Report on vaccination in Madras 1922-1929 - 1922-1929
Year: 1922
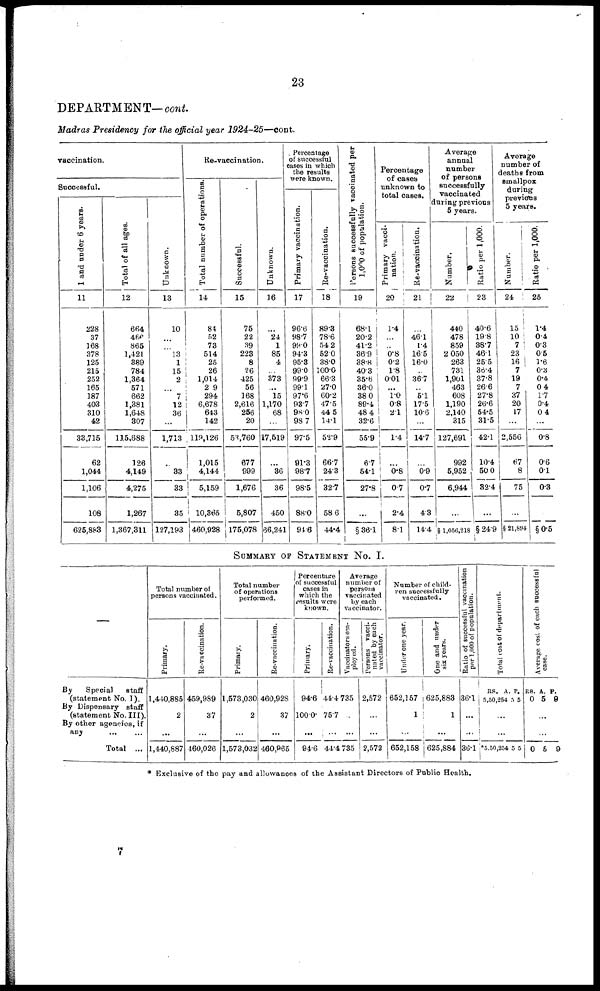
23
DEPARTMENT— cont.
Madras Presidency for the official year 1924-25—cont.
vaccination.
Successful.
1 and under 6 years.
11
228
37
168
378
125
215
252
165
187
403
310
42
33,715
62
1,044
1,106
108
625,883
Total of all ages.
12
664
466
865
1,421
389
784
1,364
571
662
1,381
1,648
307
115,688
126
4,149
4,275
1,267
1,367,311
Unknown.
13
10
...
...
13
1
15
2
...
7
12
36
...
1,713
...
33
33
35
127,193
Re-vaccination.
Total number of operations.
14
84
52
73
514
25
26
1,014
2 9
294
6,678
643
142
119,126
1,015
4,144
5,159
10,365
460,928
Successful.
15
75
22
39
223
8
26
425
56
168
2,616
256
20
53,760
677
999
1,676
5,807
175,078
Unknown.
16
...
24
1
85
4
...
373
... 15
1,170
68
...
17,519
...
36
36
450
66,241
Percentage
of successful
cases in which
the results
were known.
Primary vaccination.
17
96.6
98.7
99.0
94.3
95.3
99.0
99.9
99.1
97.6
93.7
98.0
98.7
97.5
91.3
98.7
98.5
88.0
94.6
Re-vaccination.
18
89.3
78.6
54.2
52.0
38.0
100.0
66.3
27.0
60.2
47.5
44.5
14.1
52.9
66.7
24.3
32.7
58.6
44.4
Persons successfully vaccinated per
1,000 of population.
19
68.1
20.2
41.2
36.9
38.8
40.3
35.6
36.0
38.0
89.4
48.4
32.6
55.9
6.7
54.1
27.8
...
§36.1
Percentage
of cases
unknown to
total cases.
Primary vacci-
nation.
20
1.4
...
...
0.8
0.2
1.8
0.01
... 1.0
0.8
2.1
...
1.4
...
0.8
0.7
2.4
8.1
Re-vaccination.
21
...
46.1
1.4
16.5
16.0
...
36.7
...
5.1
17.5
10.6
...
14.7
0.9
0.7
4.3
14.4
Average
annual
number
of persons
successfully
vaccinated
during previous
5 years.
Number.
22
440
478
859
2 050
263
731
1,901
463
608
1,190
2,140
315
127,691
992
5,952
6,944
...
§ 1,056,218
Ratio per 1,000.
23
40.6
19.8
38.7
46.11
25.5
36.4
37.8
26.6
27.8
26.6
54.5
31.5
42.1
10.4
50.0
32.4
...
§ 24.9
Average
number of
deaths from
smallpox
during
previous
5 years.
Number.
24
15
10
7
23
16
7
19
7
37
20
17
...
2,556
67
8
75
...
§ 21,894
Ratio per 1,000.
25
1.4
0.4
0.3
0.5
1.6
0.3
0.4
0.4
1.7
0.4
0.4
...
0.8
0.6
0.1
0.3
...
§0.5
SUMMARY OF STATEMENT No. I.
—
By Special staff
(statement No. I).
By Dispensary staff
(statement No. III).
By other agencies, if
any ... ...
Total ...
Total number of
persons vaccinated.
Primary.
1,440,885
2
...
1,440,887
Re-vaccination.
459,989
37
...
460,026
Total number
of operations
performed.
Primary.
1,573,030
2
...
1,573,032
Re-vaccination.
460,928
37
...
460,965
Percentage
of successful
cases in
which the
results were
known.
Primary.
94.6
100.0
...
94.6
Re-vaccination.
44.4
75.7
...
44.4
Average
number of
persons
vaccinated
by each
vaccinator.
Vaccinators em-
ployed.
735
...
...
735
Persons vacci-
nated by each
vaccinator.
2,572
...
...
2,572
Number of child-
ren successfully
vaccinated.
Under one year.
652,157
1
...
652,158
One and under
six years.
625,883
1
...
625,884
Ratio of successful vaccination
per 1,000 of population.
36.1
...
...
36.1
Total cost of department.
RS.
5,50,254
A.
5
P.
5
...
...
*5,50,254 5 5
Average cost of each successful
case.
RS.
0
A.
5
P.
9
...
...
0 5 9
* Exclusive of the pay and allowances of the Assistant Directors of Public Health.
7